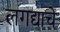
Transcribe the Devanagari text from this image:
लगद्याचे